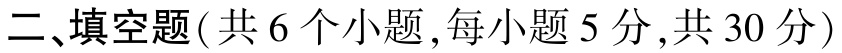
二、填空题(共 6 个小题,每小题 5 分,共 30 分)